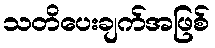
သတိပေးချက်အဖြစ်